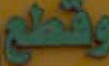
وقطع